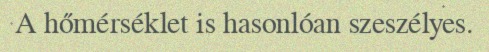
A hőmérséklet is hasonlóan szeszélyes.